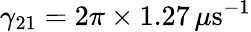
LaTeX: \gamma_{21}=2\pi\times 1.27\, \mu\mathrm{s}^{-1}